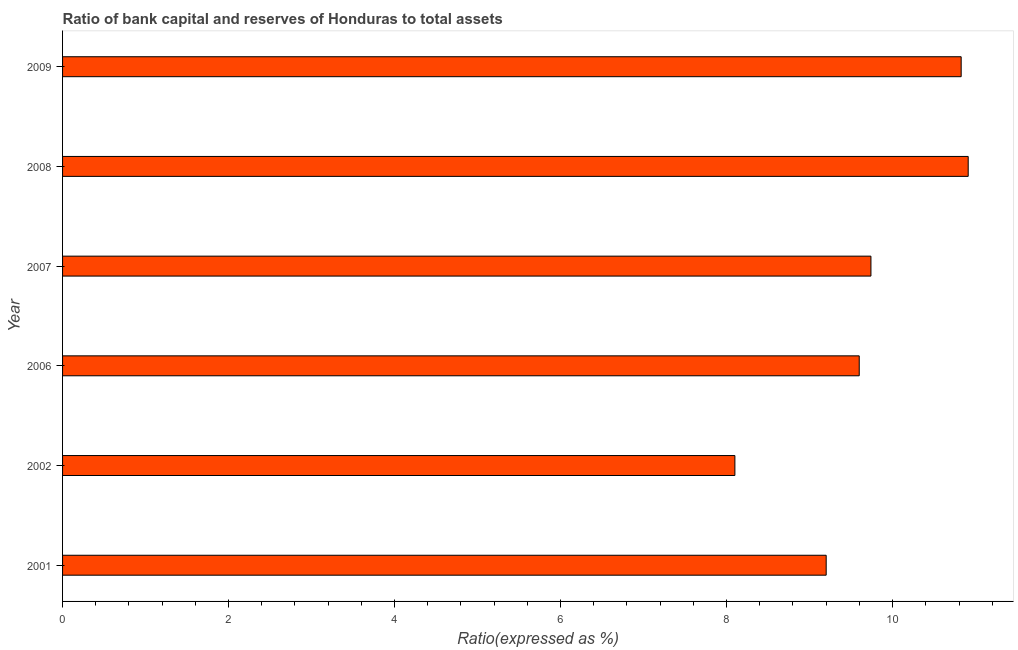
| Year | Bank capital to assets ratio |
 | --- | --- |
 | 2001 | 9.2 |
 | 2002 | 8.1 |
 | 2006 | 9.6 |
 | 2007 | 9.74 |
 | 2008 | 10.9 |
 | 2009 | 10.8 |